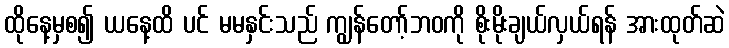
ထိုနေ့မှစ၍ ယနေ့ထိ ပင် မမနှင်းသည် ကျွန်တော့်ဘဝကို စိုးမိုးချယ်လှယ်ရန် အားထုတ်ဆဲ